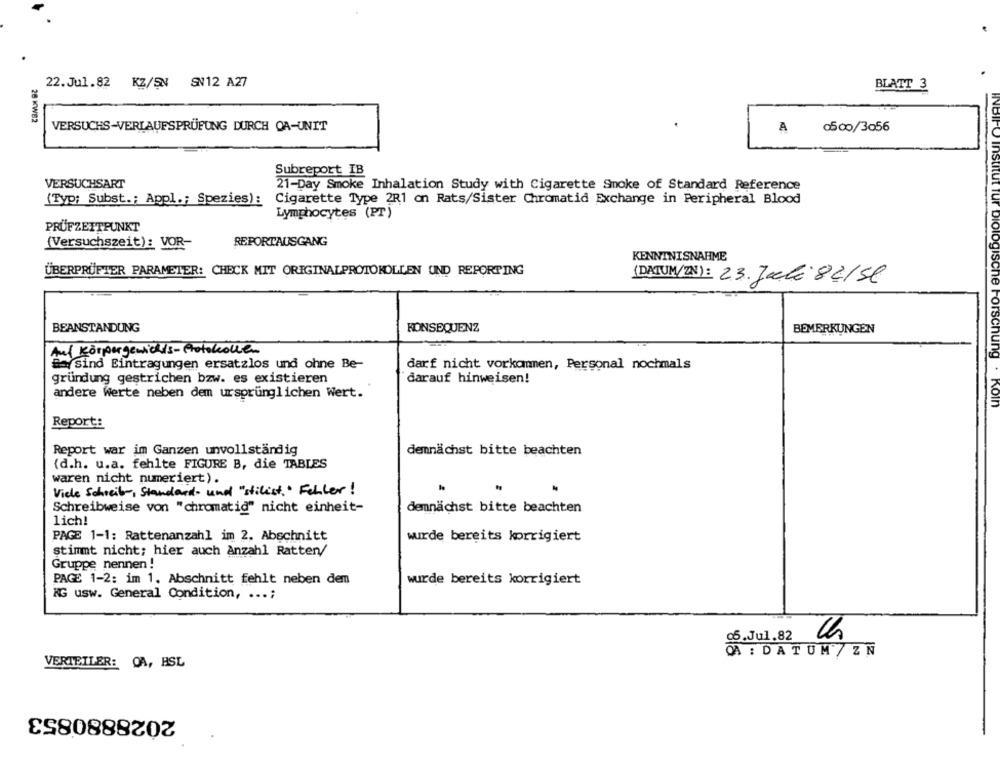
22. Jul.82 KZ/SN SN12 A27
BLATT 3
26 KWB2
VERSUCHS-VERLAUFSPRÜFUNG DURCH OA-UNIT
A
0500/3056
Subreport IB
VERSUCHSART
21-Day Smoke Inhalation Study with Cigarette Smoke of Standard Reference
(Typ; Subst .; Appl .; Spezies): Cigarette Type 2R1 on Rats/Sister Chromatid Exchange in Peripheral Blood
Lymphocytes (PT)
PRÜFZETTPUNKT
(Versuchszeit): VOR-
REPORTAUSGANG
KENNTNISNAHME
ÜBERPRÜFTER PARAMETER: CHECK MIT ORIGINALPROTOKOLLEN OND REPORTING
2.3. Jachi 8 2/5l
BEANSTANDUNG
KONSEQUENZ
BEMERKUNGEN
Auf Körpergewichts- Protokollen
biologische Forschung
es sind Eintragungen ersatzlos und ohne Be-
darf nicht vorkommen, Personal nochmals
gründung gestrichen bzw. es existieren
darauf hinweisen!
andere Werte neben dem ursprünglichen Wert.
KoIn
Report:
Report war im Ganzen unvollständig
demnächst bitte beachten
{d.h. u.a. fehlte FIGURE B, die TABLES
waren nicht numeriert).
Viele Schreib, Standard- und "stilist, " Fehler!
Schreibweise von "chromatid" nicht einheit-
demnächst bitte beachten
lich!
PAGE 1-1: Rattenanzahl im 2, Abschnitt
wurde bereits korrigiert
stimmt nicht; hier auch Anzahl Ratten/
Gruppe nennen!
PAGE 1-2: im 1. Abschnitt fehlt neben dem
wurde bereits korrigiert
KG usw. General Condition, ...;
05.Jul.82
DA : DATUM / ZN
VERTEILER: OA, BSL
2028880853